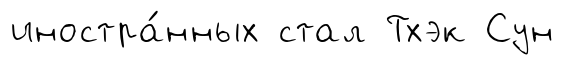
иностра́нных стал Тхэк Сун